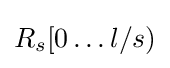
R_{s}[0\dots l/s)